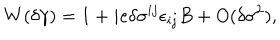
W ( \delta \gamma ) = 1 + i e \delta \sigma ^ { i j } \epsilon _ { i j } B + O ( \delta \sigma ^ { 2 } ) ,